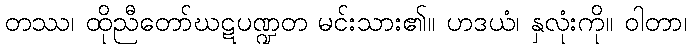
တဿ၊ ထိုညီတော်ဃဋပဏ္ဍတ မင်းသား၏။ ဟဒယံ၊ နှလုံးကို။ ဝါတာ၊